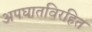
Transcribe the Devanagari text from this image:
अपघातविरहित